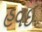
હવઈ